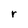
Character: r